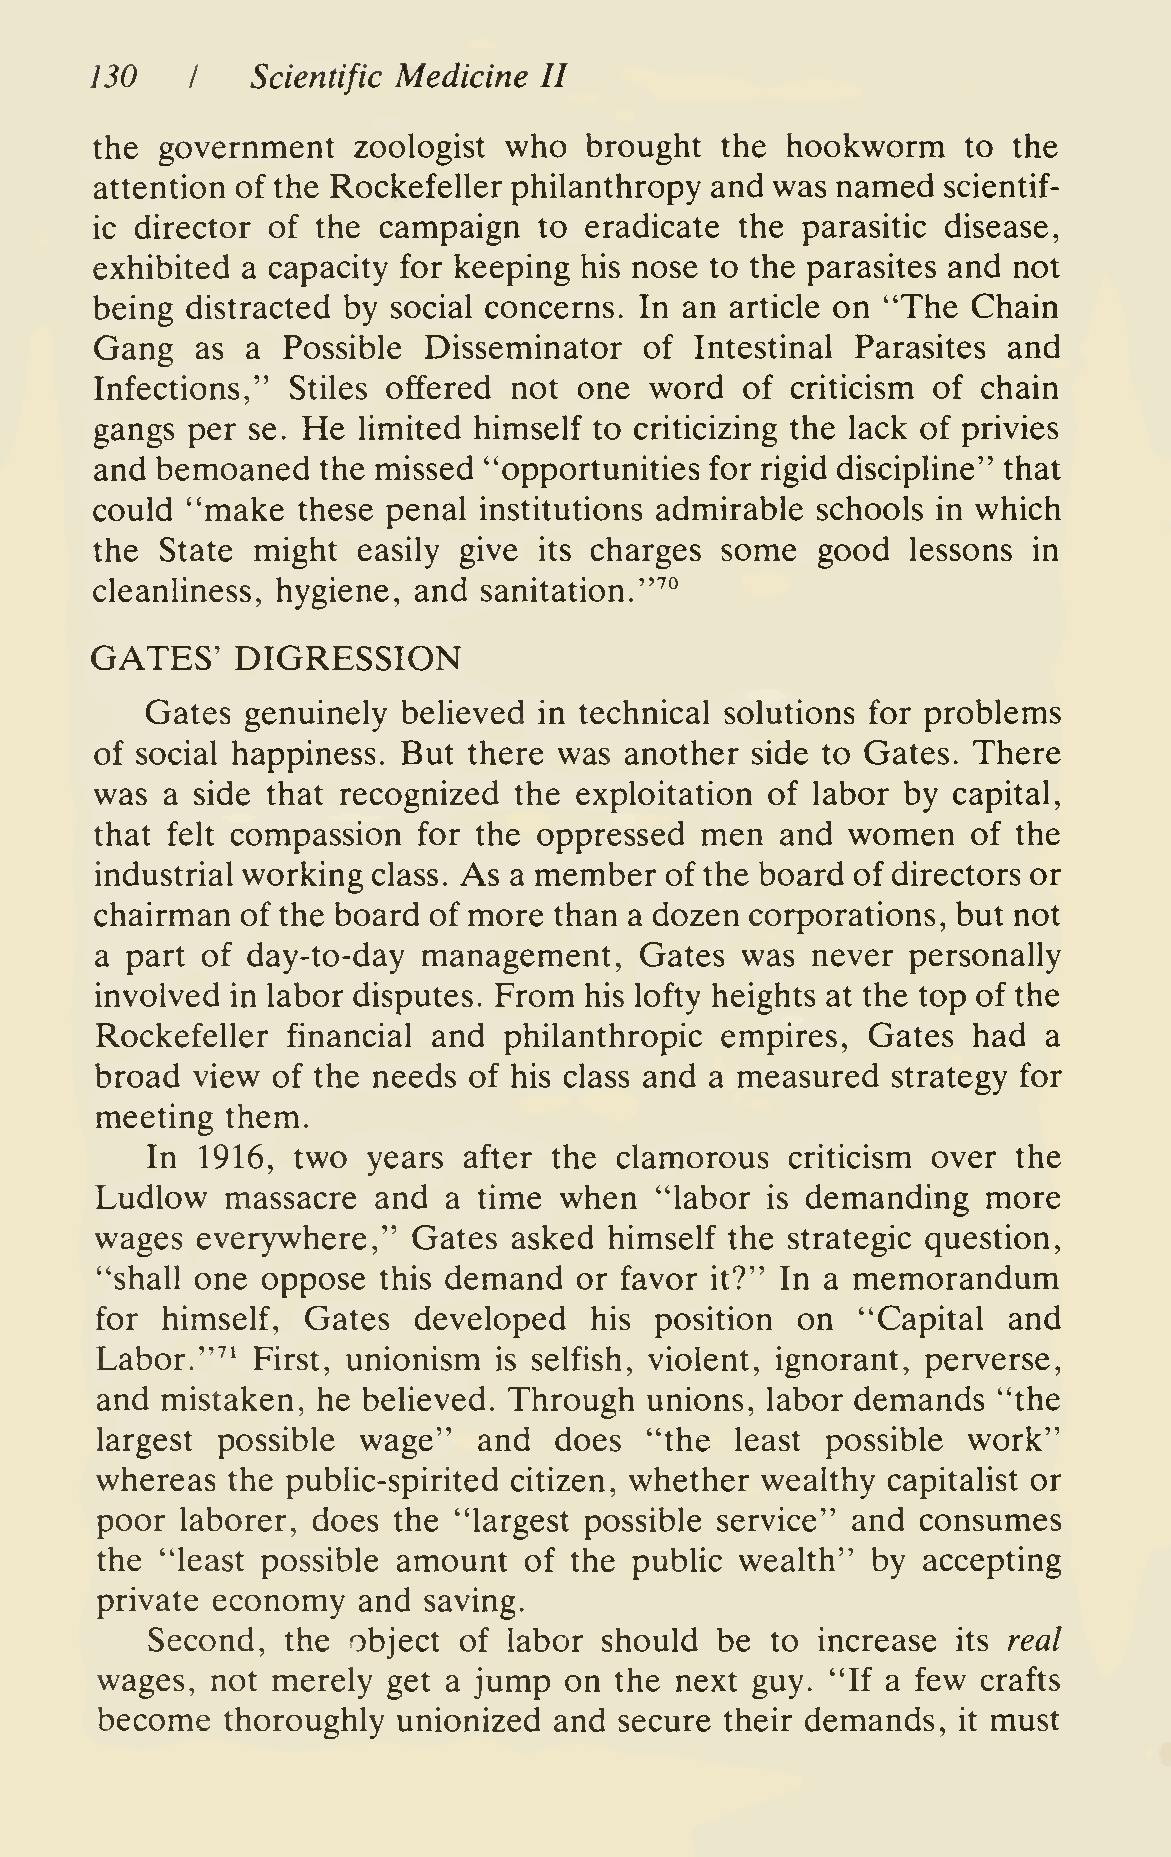
130    I   Scientific Medicine II
 the  government  zoologist who   brought  the hookworm    to the
 attention of the Rockefeller philanthropy and was named  scientif-
 ic director of the campaign   to eradicate the parasitic disease,
 exhibited a capacity for keeping his nose to the parasites and not
 being distracted by social concerns. In an article on "The Chain
 Gang   as a  Possible Disseminator   of Intestinal Parasites and
 Infections," Stiles offered not one  word  of criticism of chain
 He
 gangs per se.     limited himself to criticizing the lack of privies
 and bemoaned   the missed "opportunities for rigid discipline" that
 could "make   these penal institutions admirable schools in which
 the  State might  easily give its charges some  good  lessons in
 cleanUness, hygiene, and  sanitation."''^
 GATES'    DIGRESSION
 Gates genuinely  believed in technical solutions for problems
 of social happiness. But there was another  side to Gates. There
 was  a side that recognized the exploitation of labor by capital,
 that felt compassion  for the oppressed men   and women   of the
 industrial working class. As a member of the board of directors or
 chairman  of the board of more than a dozen corporations, but not
 a part of day-to-day  management.   Gates  was  never personally
 involved in labor disputes. From his lofty heights at the top of the
 Rockefeller  financial and philanthropic  empires.  Gates had  a
 broad  view of the needs of his class and a measured strategy for
 meeting  them.
 In 1916, two  years  after the clamorous  criticism over the
 Ludlow   massacre  and a  time when  "labor  is demanding  more
 wages  everywhere,"  Gates  asked himself the strategic question,
 "shall one oppose  this demand  or favor it?" In a memorandum
 for  himself, Gates  developed   his position  on  "Capital  and
 Labor."''^ First, unionism is selfish, violent, ignorant, perverse,
 and  mistaken, he believed. Through  unions, labor demands  "the
 largest possible  wage"   and  does  "the  least possible work"
 whereas  the public-spirited citizen, whether wealthy capitalist or
 poor  laborer, does the "largest possible service" and consumes
 the  "least possible amount  of the public wealth"  by accepting
 private economy   and saving.
 Second,  the object of  labor should be  to increase its real
 wages,  not merely  get a jump on  the next guy. "If a few crafts
 become   thoroughly unionized  and secure their demands, it must